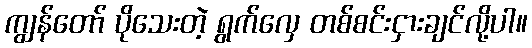
ကျွန်တော် ပိုသေးတဲ့ ရွက်လှေ တစ်စင်းငှားချင်လို့ပါ။